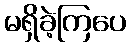
မရှိခဲ့ကြပေ